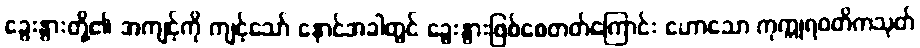
ခွေးနွားတို့၏ အကျင့်ကို ကျင့်သော် နောင်အခါတွင် ခွေးနွားဖြစ်စေတတ်ကြောင်း ဟောသော ကုက္ကုရဝတိကသုတ်